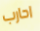
احارب